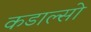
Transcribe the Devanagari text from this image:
कडाल्सो